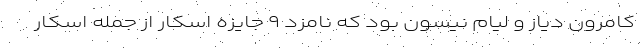
کامرون دیاز و لیام نیسون بود که نامزد ۹ جایزه اسکار از جمله اسکار